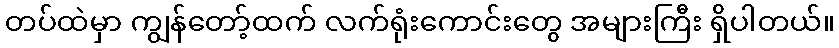
တပ်ထဲမှာ ကျွန်တော့်ထက် လက်ရုံးကောင်းတွေ အများကြီး ရှိပါတယ်။